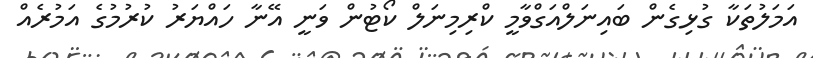
އަމަލުތަކާ ގުޅިގެން ބައިނަލްއަގްވާމީ ކްރިމިނަލް ކޯޓުން ވަނީ އޭނާ ހައްޔަރު ކުރުމުގެ އަމުރެއް